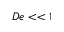
D e < < 1